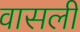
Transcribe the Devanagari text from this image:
वासली